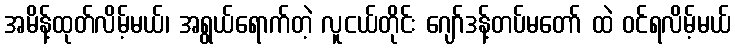
အမိန့်ထုတ်လိမ့်မယ်၊ အရွယ်ရောက်တဲ့ လူငယ်တိုင်း ဂျော်ဒန့်တပ်မတော် ထဲ ဝင်ရလိမ့်မယ်